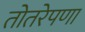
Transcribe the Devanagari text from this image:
तोतरेपणा